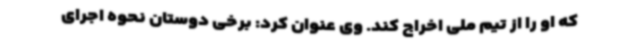
که او را از تیم ملی اخراج کند. وی عنوان کرد: برخی دوستان نحوه اجرای